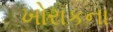
ખોરાકના